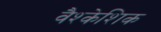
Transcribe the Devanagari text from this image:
वैश्केशिक